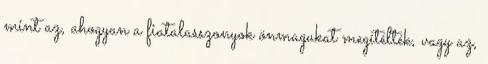
mint az, ahogyan a ﬁatalasszonyok önmagukat megítélték, vagy az,